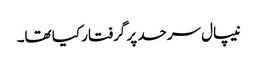
نیپال سرحد پر گرفتار کیا تھا۔